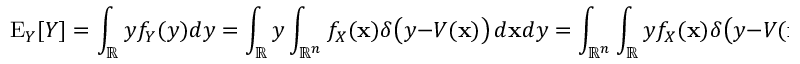
\operatorname { E } _ { Y } [ Y ] = \int _ { \mathbb { R } } y f _ { Y } ( y ) d y = \int _ { \mathbb { R } } y \int _ { { \mathbb { R } } ^ { n } } f _ { X } ( \mathbf { x } ) \delta { \big ( } y - V ( \mathbf { x } ) { \big ) } \, d \mathbf { x } d y = \int _ { { \mathbb { R } } ^ { n } } \int _ { \mathbb { R } } y f _ { X } ( \mathbf { x } ) \delta { \big ( } y - V ( \mathbf { x } ) { \big ) } \, d y d \mathbf { x } = \int _ { { \mathbb { R } } ^ { n } } V ( \mathbf { x } ) f _ { X } ( \mathbf { x } ) d \mathbf { x } = \operatorname { E } _ { X } [ V ( X ) ] .